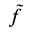
\tilde { f }